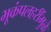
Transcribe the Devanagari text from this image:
भूकंपलहरींमुळे